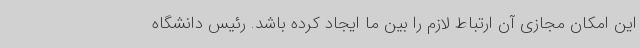
این امکان مجازی آن ارتباط لازم را بین ما ایجاد کرده باشد. رئیس دانشگاه